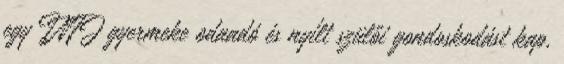
egy INFJ gyermeke odaadó és nyílt szülői gondoskodást kap,